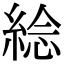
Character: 𦁇